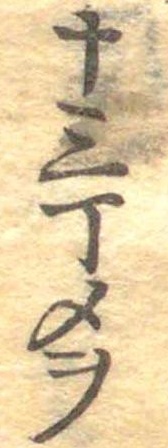
十三丁メヲ